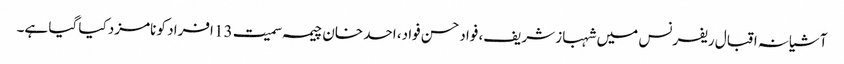
آشیانہ اقبال ریفرنس میں شہباز شریف، فواد حسن فواد، احد خان چیمہ سمیت 13 افراد کو نامزد کیا گیا ہے۔